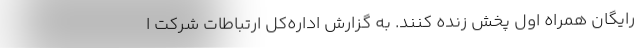
رایگان همراه اول پخش زنده کنند. به گزارش اداره‌کل ارتباطات شرکت ا